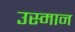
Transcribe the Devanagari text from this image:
उस्‍मान